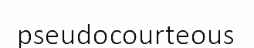
pseudocourteous